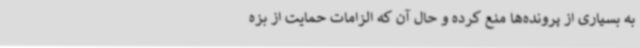
به بسیاری از پرونده‌ها منع کرده و حال آن که الزامات حمایت از بزه